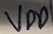
Text: VDD